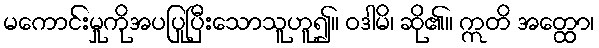
မကောင်းမှုကိုအပပြုပြီးသောသူဟူ၍။ ဝဒါမိ၊ ဆို၏။ ဣတိ အတ္ထော၊